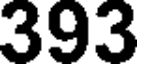
393